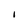
Character: I